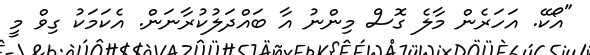
"އޯކޭ. އަަހަރެން މާލެ ގޮސް މިންނު އާ ބައްދަލުކުރާނަން. އެކަމަކު ގިވް މީ